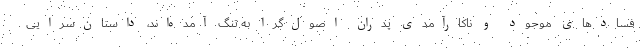
فسادهای موجود و ناکارآمدی پدران اصول‌گرا به تنگ آمده‌اند، داستان‌سرایی